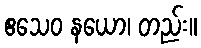
ဧသေဝ နယော၊ တည်း။